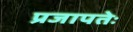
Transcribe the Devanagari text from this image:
प्रजापतेः